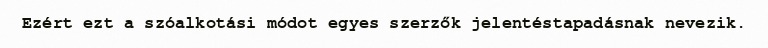
Ezért ezt a szóalkotási módot egyes szerzők jelentéstapadásnak nevezik.